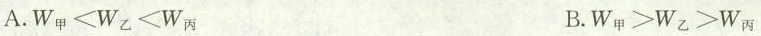
A.W_{甲}≤W_{乙}≤W_{丙} B.W_{甲}≥W_{乙}≥W_{丙}